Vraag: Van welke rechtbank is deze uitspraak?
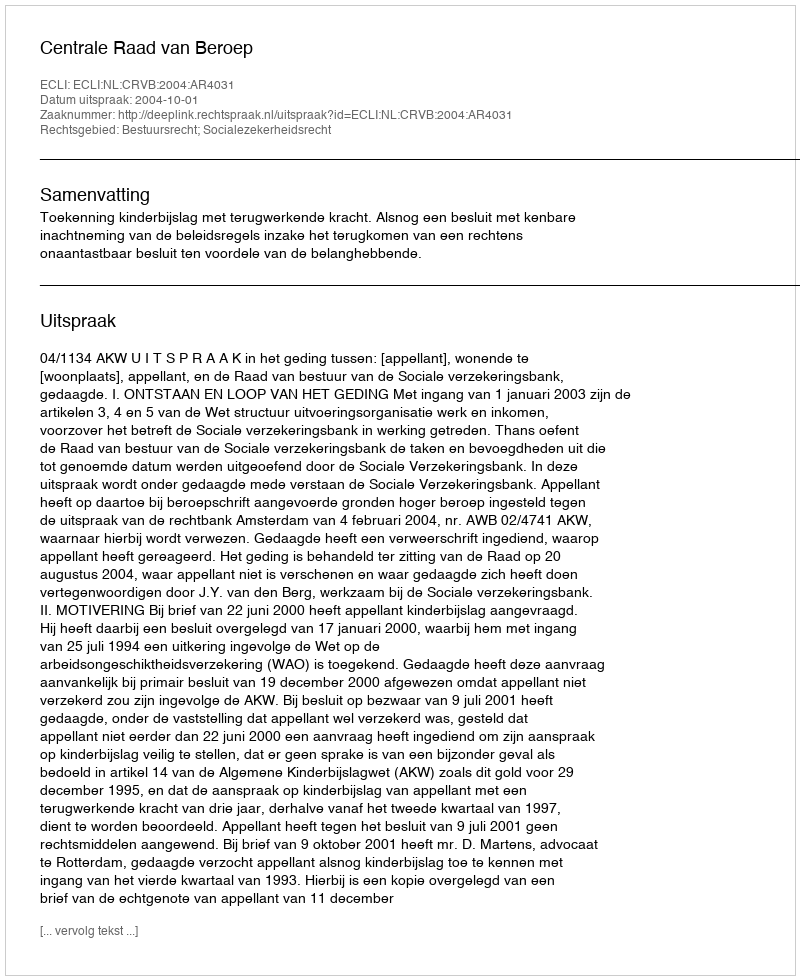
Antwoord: Centrale Raad van Beroep